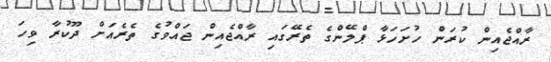
ރާއްޖެއިން ކުރަން ހުށަހަޅާ ޕްލޭންގެ ތެރޭގައި ރާއްޖެއިން ޖައްވުގެ ތެރެއަށް ދޫކުރާ ވިހަ